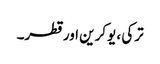
ترکی ، یوکرین اور قطر۔